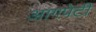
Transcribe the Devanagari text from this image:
आगपेटी